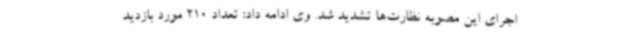
اجرای این مصوبه نظارت‌ها تشدید شد. وی ادامه داد: تعداد 210 مورد بازدید